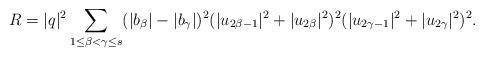
LaTeX: \begin{align*}R = |q|^2 \sum_{1\leq \beta<\gamma \leq s}(|b_\beta| - |b_\gamma|)^2 (|u_{2\beta-1}|^2 + |u_{2\beta}|^2 )^2 (|u_{2\gamma-1}|^2 + |u_{2\gamma}|^2 )^2.\end{align*}